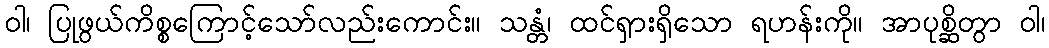
ဝါ၊ ပြုဖွယ်ကိစ္စကြောင့်သော်လည်းကောင်း။ သန္တံ၊ ထင်ရှားရှိသော ရဟန်းကို။ အာပုစ္ဆိတွာ ဝါ၊